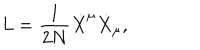
L = \frac { 1 } { 2 N } { \dot { X } } ^ { \mu } { \dot { X } } _ { \mu } ,